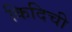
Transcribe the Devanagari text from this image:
किदिची